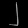
Digit: ၂